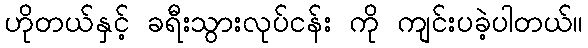
ဟိုတယ်နှင့် ခရီးသွားလုပ်ငန်း ကို ကျင်းပခဲ့ပါတယ်။